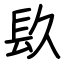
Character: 镹